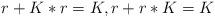
LaTeX: \begin{align*} r + K * r =K, r+r * K =K \end{align*}